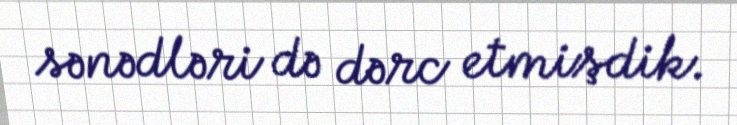
sənədləri də dərc etmişdik.